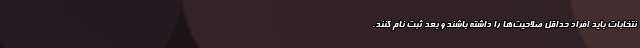
نتخابات باید افراد حداقل صلاحیت‌ها را داشته باشند و بعد ثبت نام کنند.